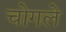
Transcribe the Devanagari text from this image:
चोगले